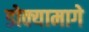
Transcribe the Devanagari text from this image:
डोक्यामागे